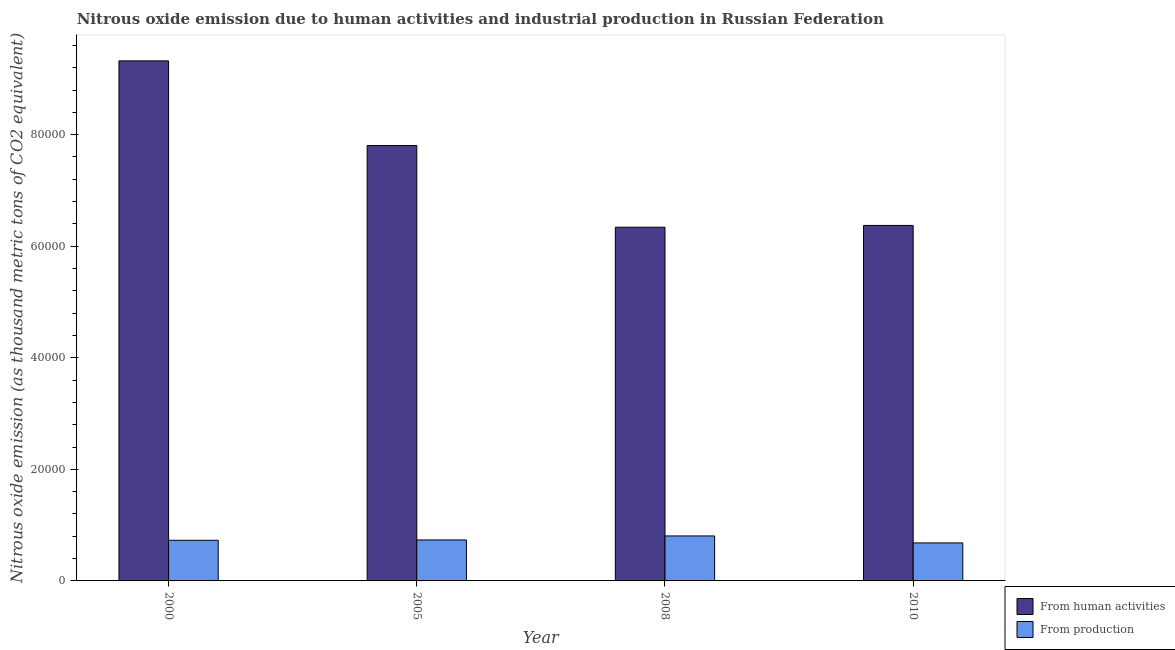
| Year | From human activities | From production |
 | --- | --- | --- |
 | 2000 | 9.32e+04 | 7.29e+03 |
 | 2005 | 7.81e+04 | 7.34e+03 |
 | 2008 | 6.34e+04 | 8.06e+03 |
 | 2010 | 6.37e+04 | 6.81e+03 |